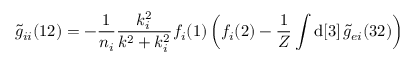
\widetilde { g } _ { i i } ( 1 2 ) = - \frac { 1 } { n _ { i } } \frac { k _ { i } ^ { 2 } } { k ^ { 2 } + k _ { i } ^ { 2 } } f _ { i } ( 1 ) \left( f _ { i } ( 2 ) - \frac { 1 } { Z } \int \mathrm { d } [ 3 ] \, \widetilde { g } _ { e i } ( 3 2 ) \right)